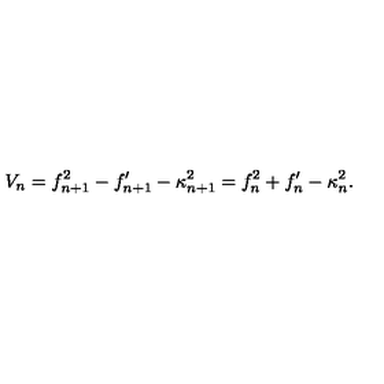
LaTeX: V _ { n } = f _ { n + 1 } ^ { 2 } - f _ { n + 1 } ^ { \prime } - \kappa _ { n + 1 } ^ { 2 } = f _ { n } ^ { 2 } + f _ { n } ^ { \prime } - \kappa _ { n } ^ { 2 } .